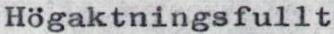
Högaktningsfullt